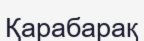
Қарабарақ